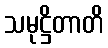
သမုဋ္ဌိတာတိ